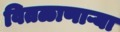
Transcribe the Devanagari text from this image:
वितळाणाऱ्या